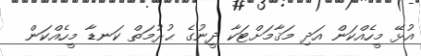
އުޅޭ މީހެއްކަން އަދި މަޤާމަށްޓަކާ ދީނުގެ ޙުރުމަތް ކަނޑާ މީހެއްކަން